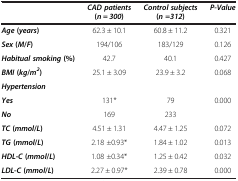
<table><thead><tr><td><b> </b></td><td><b><i>CAD patients</i>(<i>n</i> = <i>300</i>)</b></td><td><b><i>Control subjects</i>(<i>n</i>=<i>312</i>)</b></td><td><b><i>P</i>-<i>Value</i></b></td></tr></thead><tbody><tr><td><b><i>Age</i></b><b>(<i>years</i>)</b></td><td>62.3 ± 10.1</td><td>60.8 ± 11.2</td><td>0.321</td></tr><tr><td><b><i>Sex</i></b><b>(<i>M</i>/</b><b><i>F</i>)</b></td><td>194/106</td><td>183/129</td><td>0.126</td></tr><tr><td><b><i>Habitual smoking</i> (%)</b></td><td>42.7</td><td>40.1</td><td>0.427</td></tr><tr><td><b><i>BMI</i></b><b>(<i>kg</i></b><b>/<i>m</i></b><sup><b><i>2</i></b></sup><b>)</b></td><td>25.1 ± 3.09</td><td>23.9 ± 3.2</td><td>0.068</td></tr><tr><td><b><i>Hypertension</i></b></td><td> </td><td> </td><td> </td></tr><tr><td><b><i>Yes</i></b></td><td>131*</td><td>79</td><td>0.000</td></tr><tr><td><b><i>No</i></b></td><td>169</td><td>233</td><td> </td></tr><tr><td><b><i>TC</i></b><b>(<i>mmol</i></b><b>/<i>L</i>)</b></td><td>4.51 ± 1.31</td><td>4.47 ± 1.25</td><td>0.072</td></tr><tr><td><b><i>TG</i></b><b>(<i>mmol</i></b><b>/<i>L</i>)</b></td><td>2.18 ±0.93*</td><td>1.84 ± 1.02</td><td>0.013</td></tr><tr><td><b><i>HDL</i></b><b>-<i>C</i></b><b>(<i>mmol</i></b><b>/<i>L</i>)</b></td><td>1.08 ±0.34*</td><td>1.25 ± 0.42</td><td>0.032</td></tr><tr><td><b><i>LDL</i></b><b>-<i>C</i></b><b>(<i>mmol</i></b><b>/<i>L</i>)</b></td><td>2.27 ± 0.97*</td><td>2.39 ± 0.78</td><td>0.000</td></tr></tbody></table>